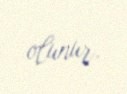
olunur.